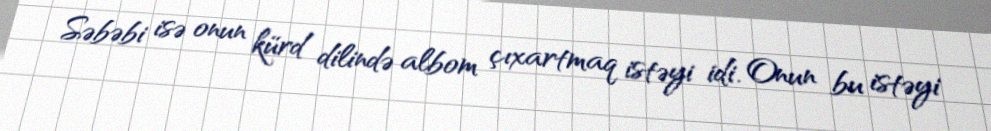
Səbəbi isə onun kürd dilində albom çıxartmaq istəyi idi. Onun bu istəyi